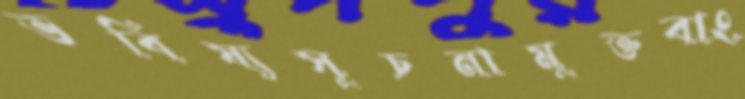
ভবিষ্যসূচনামুক্তবাং